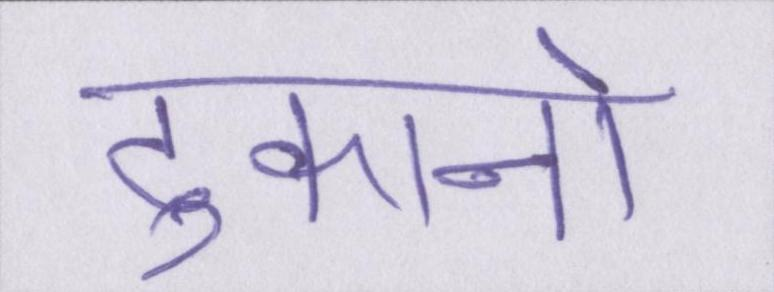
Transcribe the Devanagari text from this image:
दुकानो